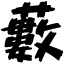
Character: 藪